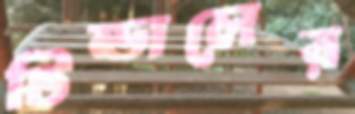
টিন্ডালের